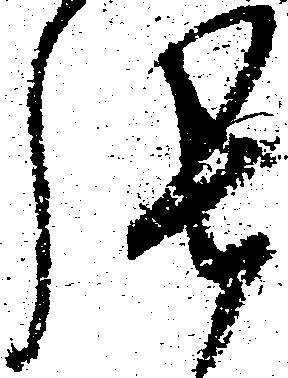
張